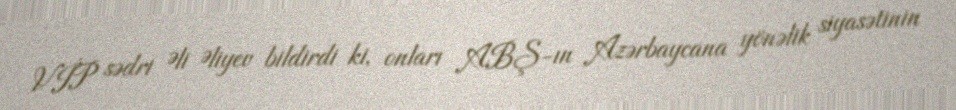
VİP sədri Əli Əliyev bildirdi ki, onları ABŞ-ın Azərbaycana yönəlik siyasətinin